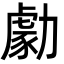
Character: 勮